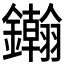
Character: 𨯪